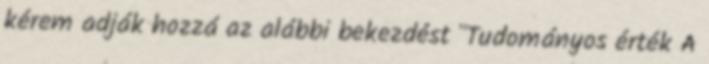
kérem adják hozzá az alábbi bekezdést "Tudományos érték A